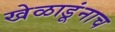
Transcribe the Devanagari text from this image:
खेळाडूंनाच